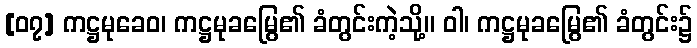
[၀၇] ကဋ္ဌမုခေဝ၊ ကဋ္ဌမုခမြွေ၏ ခံတွင်းကဲ့သို့။ ဝါ၊ ကဋ္ဌမုခမြွေ၏ ခံတွင်း၌